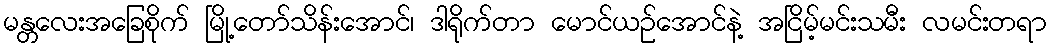
မန္တလေးအခြေစိုက် မြို့တော်သိန်းအောင်၊ ဒါရိုက်တာ မောင်ယဉ်အောင်နဲ့ အငြိမ့်မင်းသမီး လမင်းတရာ